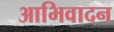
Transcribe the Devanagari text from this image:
आभिवादन